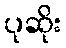
ပုဆိုး